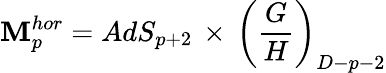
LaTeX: \mathbf{M}_{p}^{hor}=AdS_{p+2}\, \times\, \left(\frac{{G}}{{H}}\right)_{D-p-2}